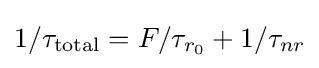
1/\tau _{\text{total}}=F/\tau _{r_{0}}+1/\tau _{nr}